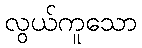
လွယ်ကူသော